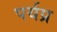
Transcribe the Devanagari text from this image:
पर्यप्र